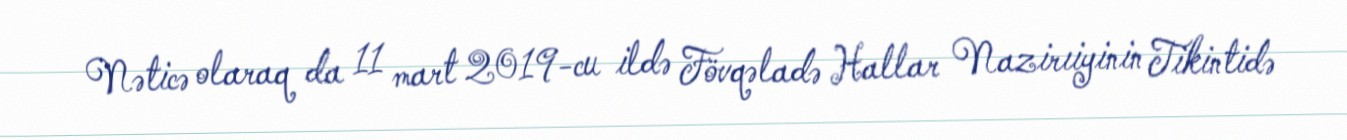
Nəticə olaraq da 11 mart 2019-cu ildə Fövqəladə Hallar Nazirıiyinin Tikintidə